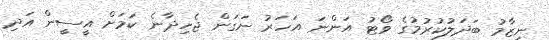
ނިޒާމު ބަދަލުކުރުމުގެ ވޯޓު އަންނަ އަހަރު ނަގަން ޖެހިދާނެ ކަމަށް އީސީން އަދި